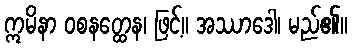
ဣမိနာ ဝစနတ္ထေန၊ ဖြင့်။ အဿာဒေါ၊ မည်၏။